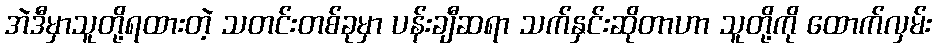
အဲဒီမှာသူတို့ရထားတဲ့ သတင်းတစ်ခုမှာ ပန်းချီဆရာ သက်နှင်းဆိုတာဟာ သူတို့ကို ထောက်လှမ်း